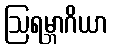
ဩရမ္ဘာဂိယာ